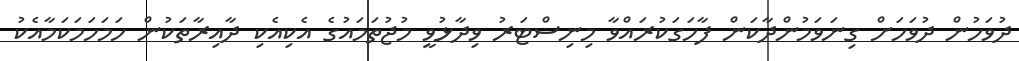
ދުވަހުން ދުވަހަށް ގިނަވަމުންދާކަން ފާހަގަކުރައްވާ މިނިސްޓަރު ވިދާޅުވީ މުޖުތަމައުގެ އެކިއެކި ދާއިރާތަކުން ހަމަހަމަކަމާއެކު